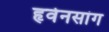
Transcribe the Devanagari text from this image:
हृवेनसांग